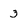
Character: 3